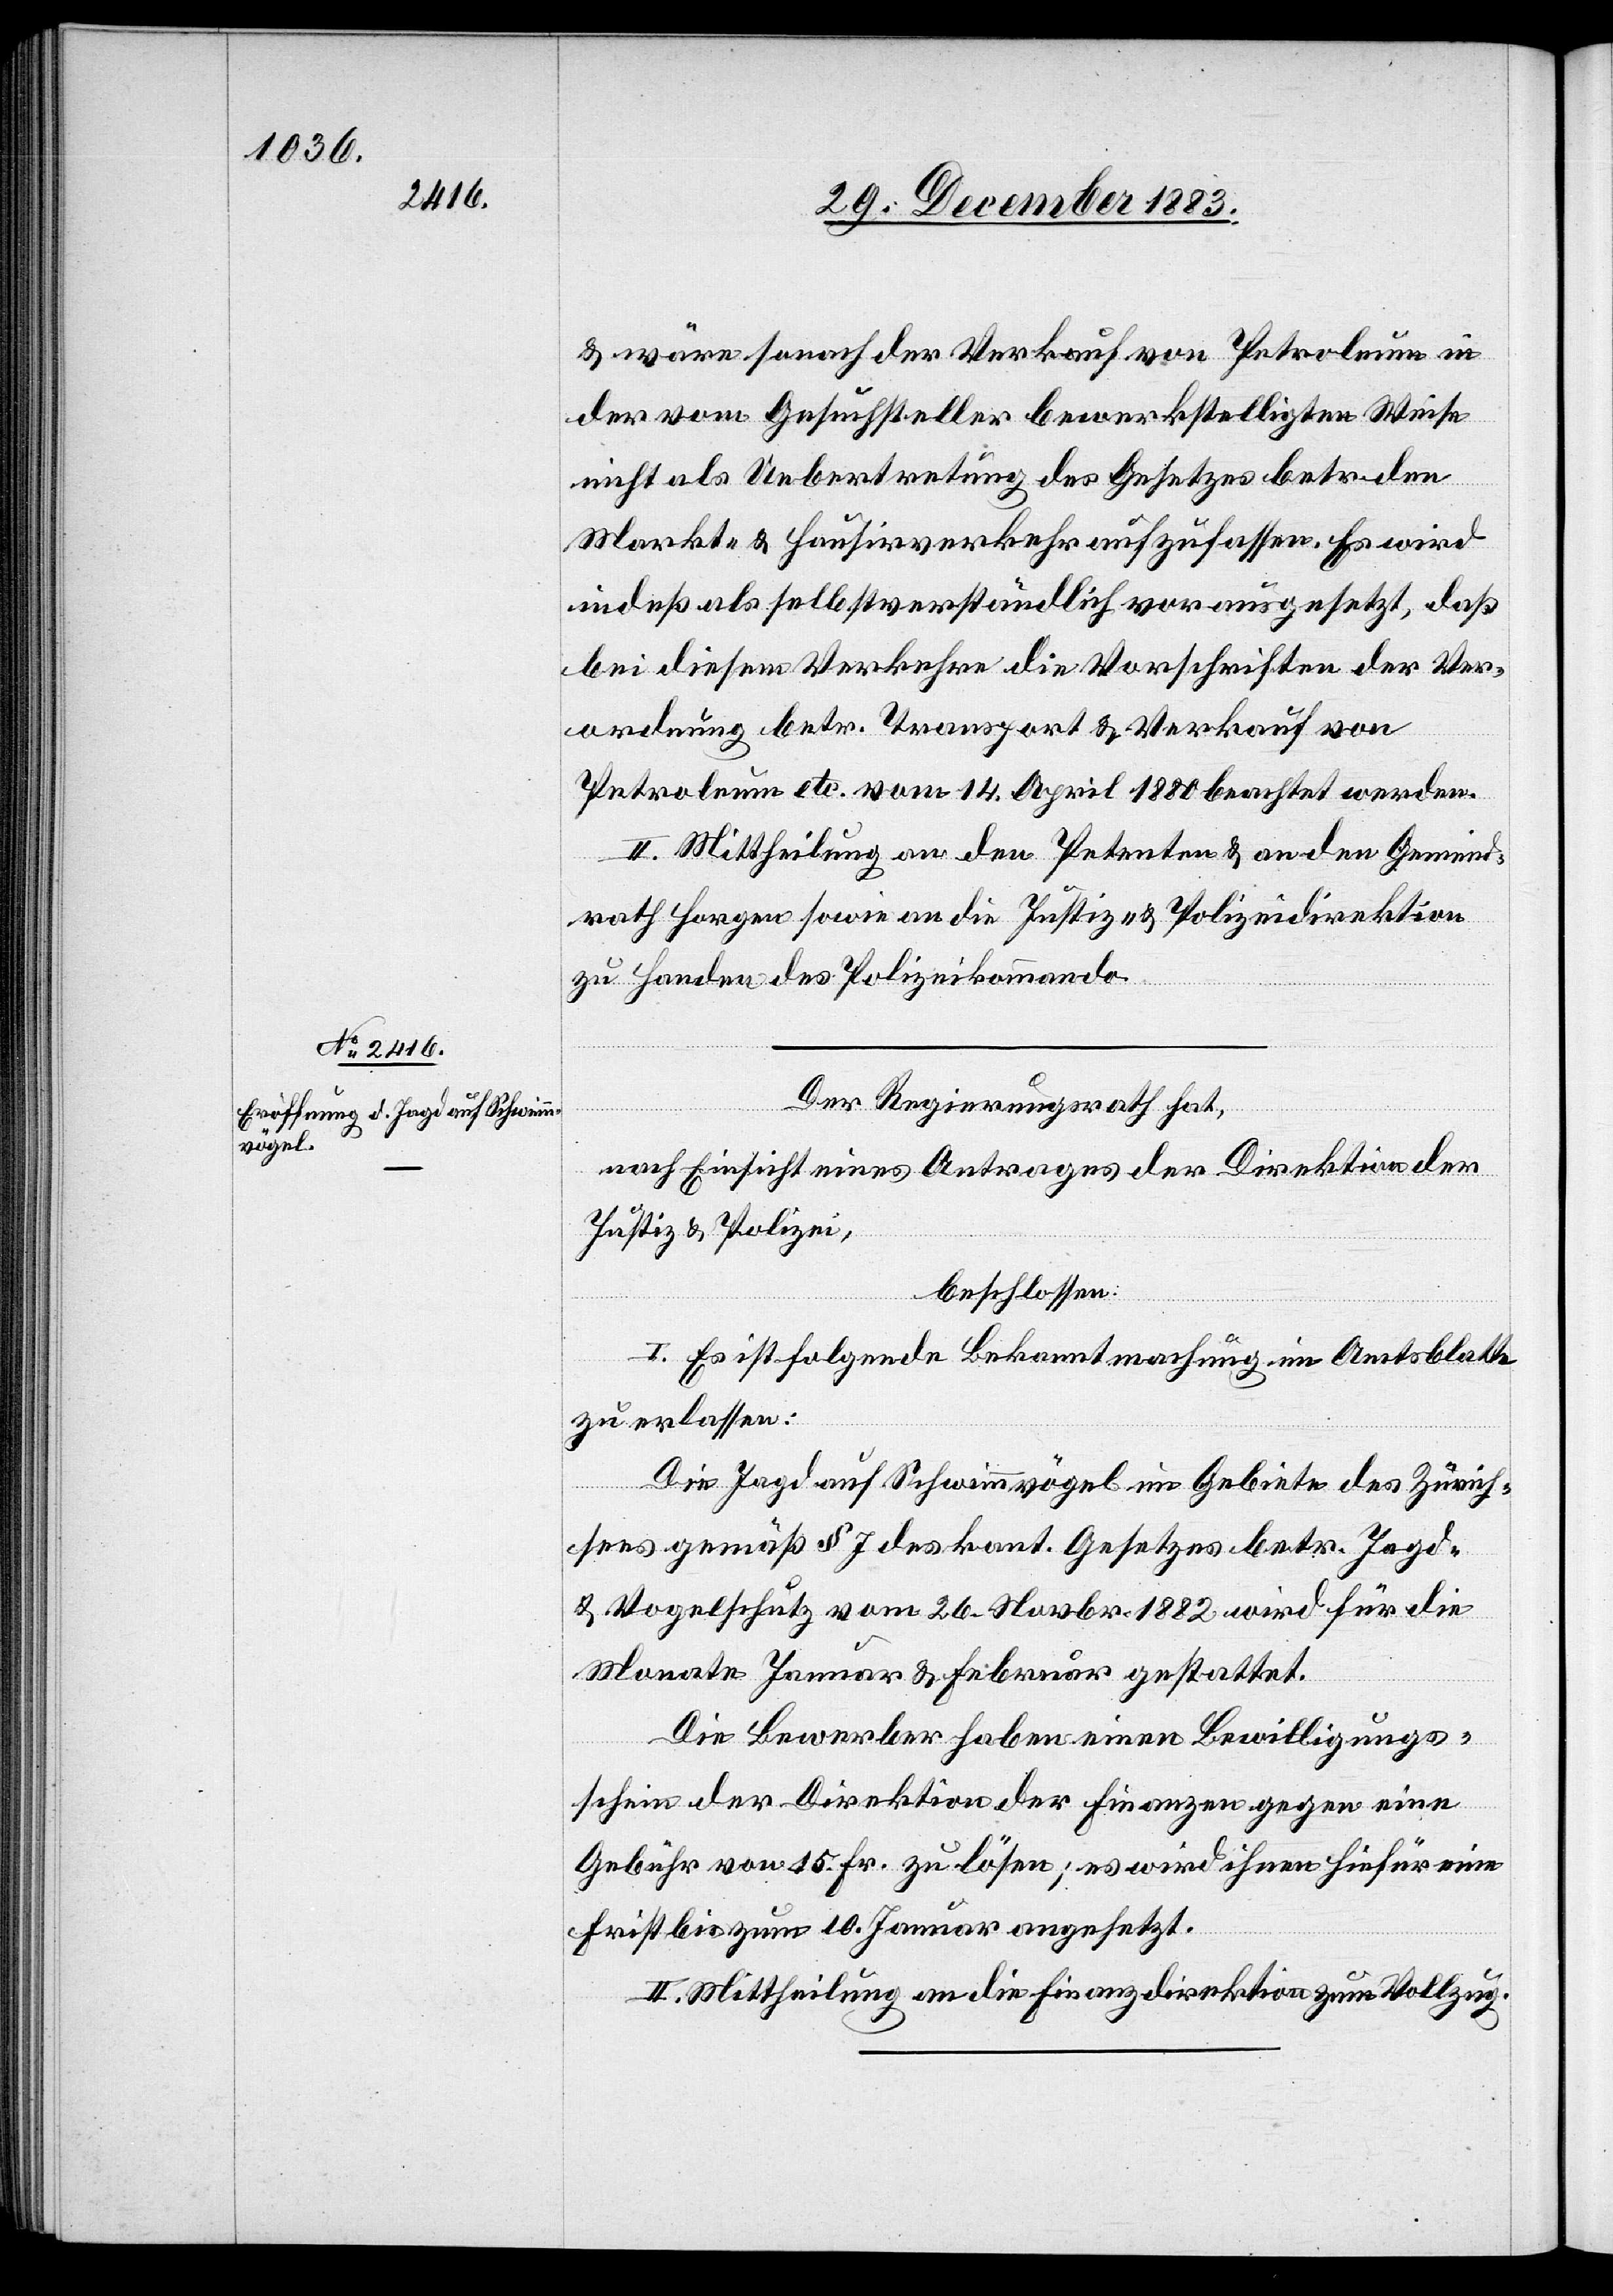
& wäre sonach der Verkauf von Petroleum in
der vom Gesuchsteller bewerkstelligten Weise
nicht als Uebertretung des Gesetzes betr. den
Markt- & Hausirverkehr aufzufassen. Es wird
indeß als selbstverständlich vorausgesetzt, daß
bei diesem Verkehre die Vorschriften der Ver¬
ordnung betr. Transport & Verkauf von
Petroleum etc. vom 14. April 1880 beachtet werden.
II. Mittheilung an den Petenten & an den Gemeind¬
rath Horgen sowie an die Justiz- & Polizeidirektion
zu Handen des Polizeikommando.
Der Regierungsrath hat,
nach Einsicht eines Antrages der Direktion der
Justiz & Polizei,
beschlossen:
I. Es ist folgende Bekanntmachung im Amtsblatte
zu erlassen:
Die Jagd auf Schwimmvögel im Gebiete des Zürich¬
sees gemäß § 7 des kant. Gesetzes betr. Jagd-
& Vogelschutz vom 26. Novbr. 1882 wird für die
Monate Januar & Februar gestattet.
Die Bewerber haben einen Bewilligungs¬
schein der Direktion der Finanzen gegen eine
Gebühr von 15. Fr. zu lösen; es wird ihnen hiefür eine
Frist bis zum 10. Januar angesetzt.
II. Mittheilung an die Finanzdirektion zum Vollzug.